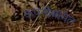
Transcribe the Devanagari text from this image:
कंपनीबागेत